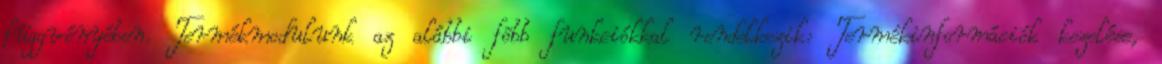
függvényében. Termékmodulunk az alábbi fõbb funkciókkal rendelkezik: Termékinformációk kezelése,